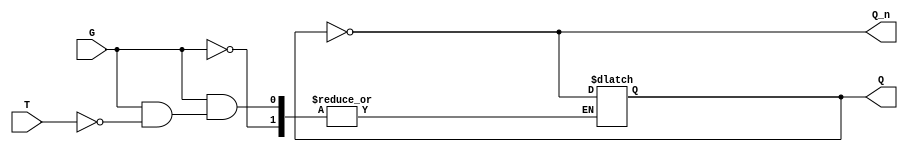
module Gated_T_Latch (
    input wire T,       // Toggle Input
    input wire G,       // Gate Signal
    output reg Q,       // Output
    output wire Q_n     // Complement of Q
);

// Assign the complement of Q
assign Q_n = ~Q;

// Always block to implement the latch behavior
always @(*) begin
    if (G == 0) begin
        // Hold state
        Q = Q; // No change
    end else begin
        if (T == 1) begin
            // Toggle state
            Q = ~Q; // Toggle
        end else begin
            // Hold state
            Q = Q; // No change
        end
    end
end

// Initial state
initial begin
    Q = 0; // Set initial state to 0
end

endmodule